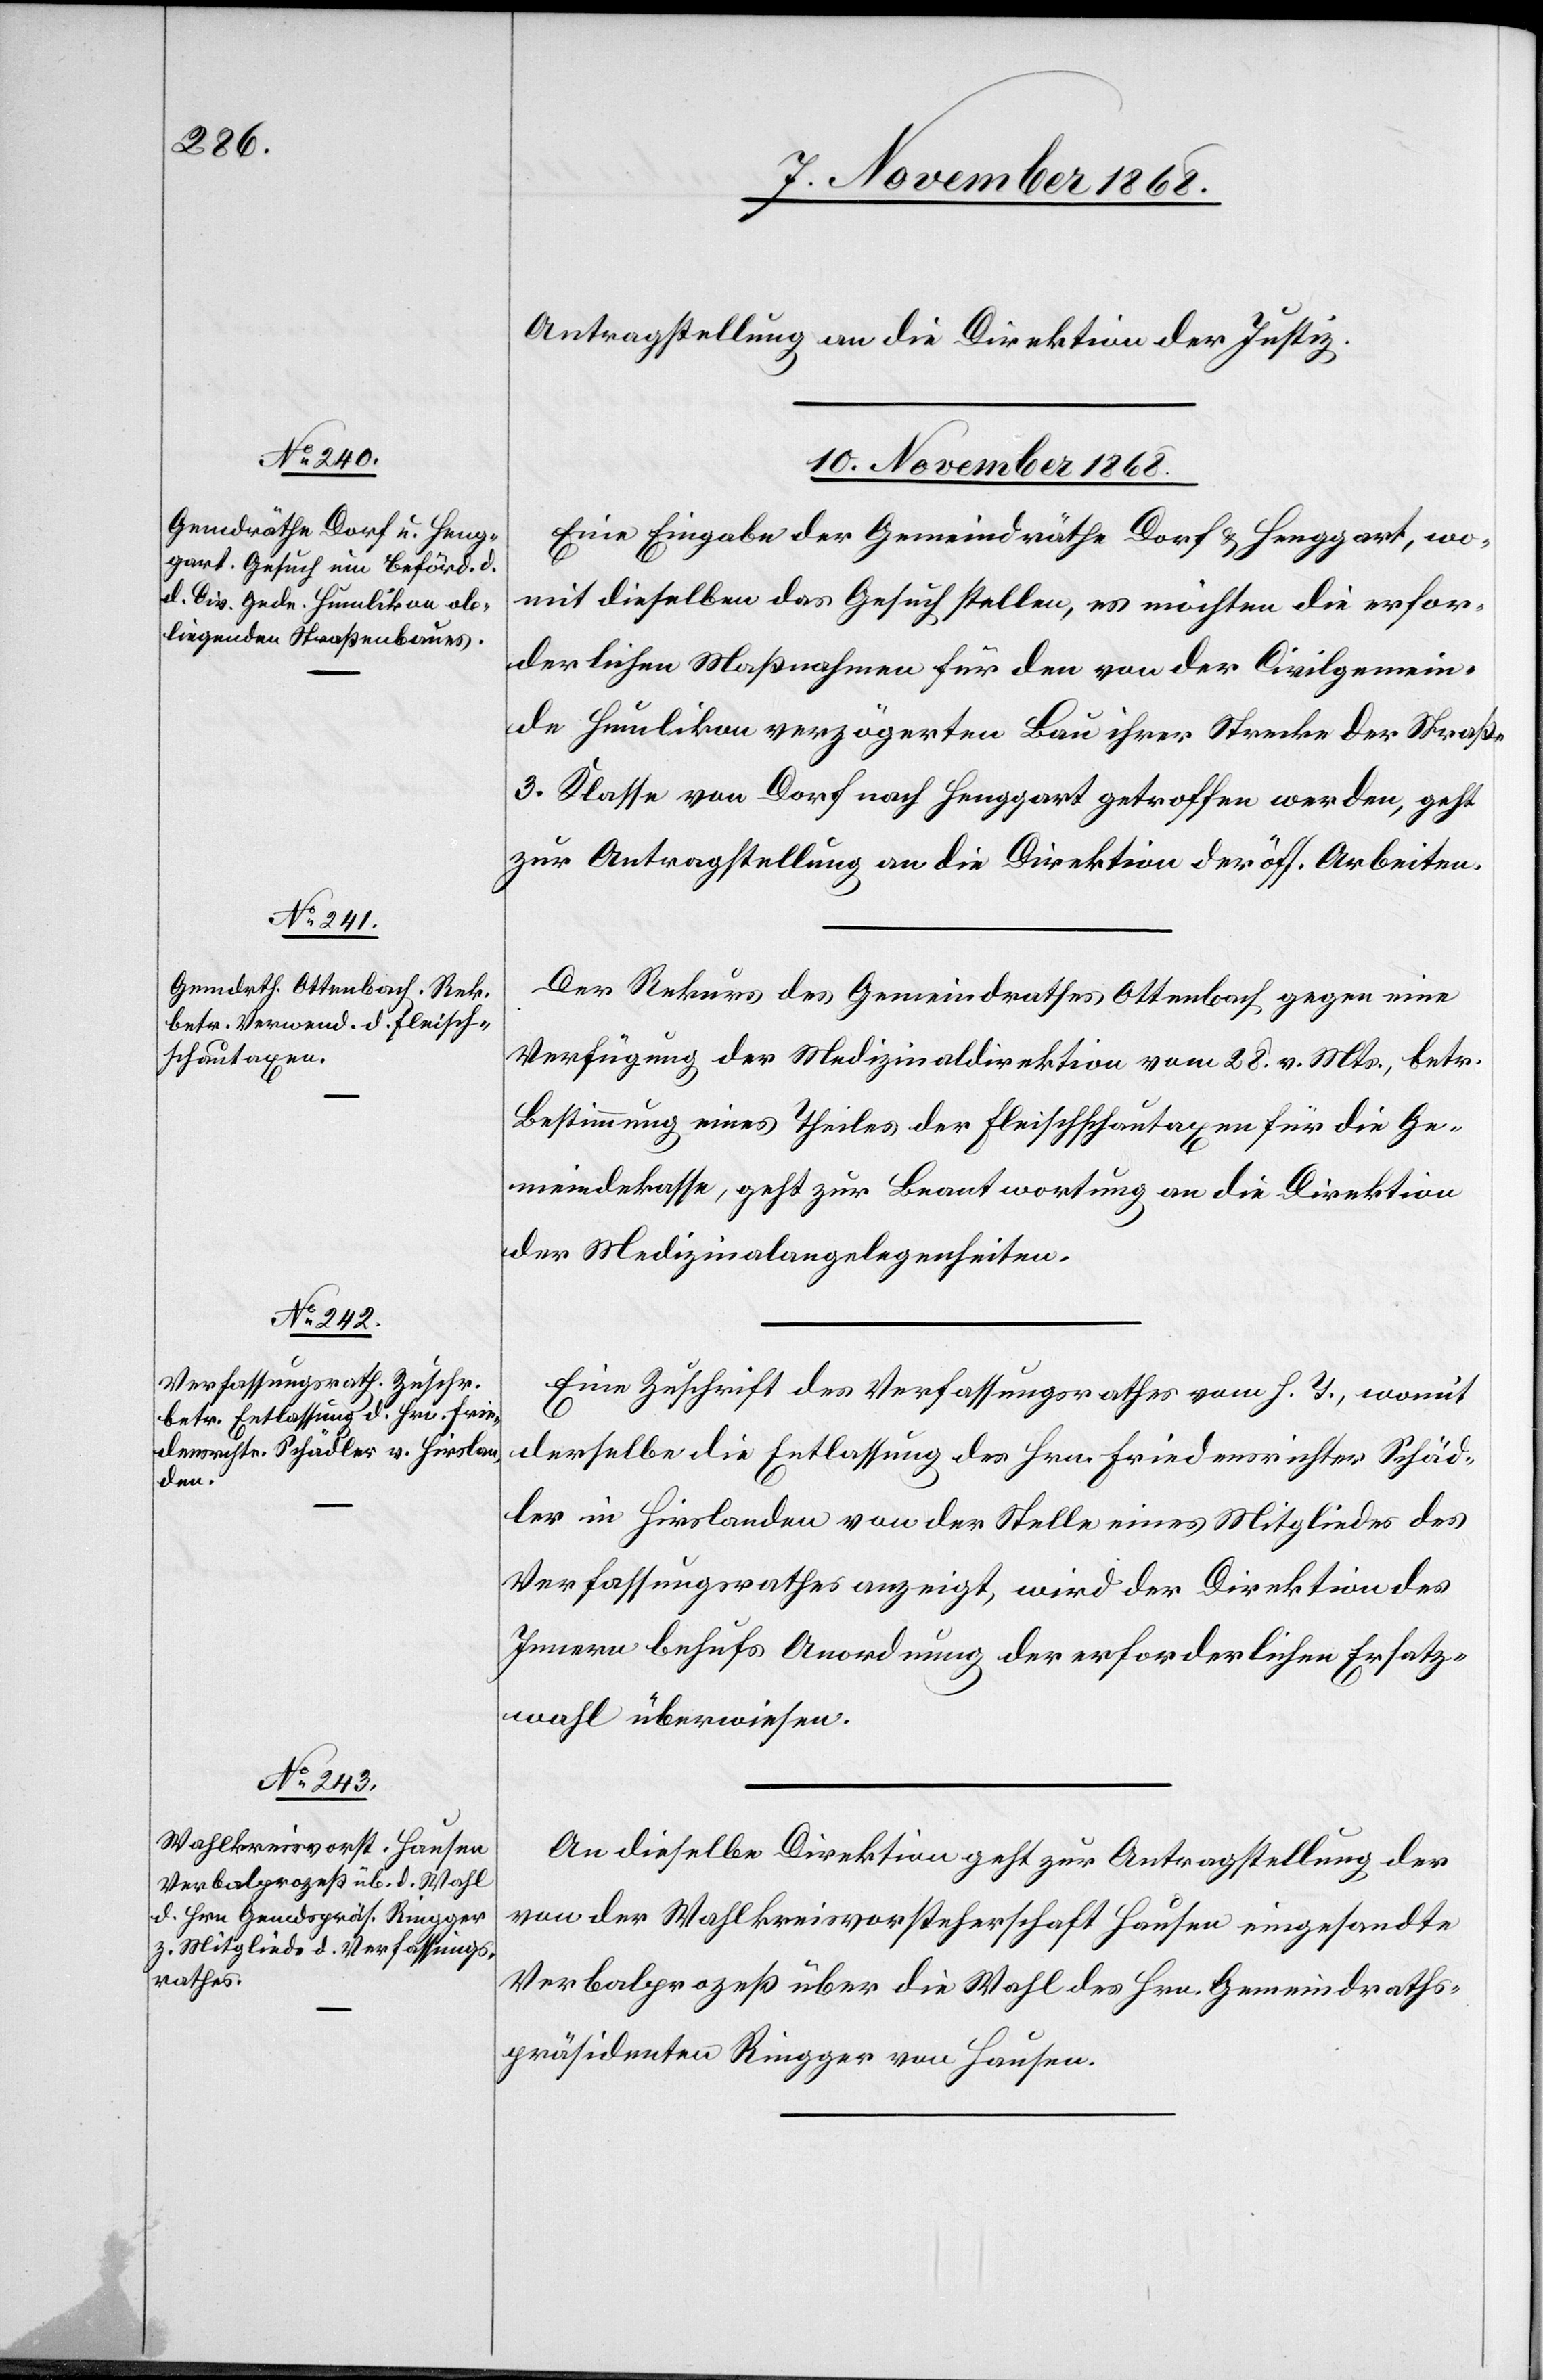
Antragstellung an die Direktion der Justiz.
10. November 1868.]
Eine Eingabe der Gemeindräthe Dorf & Henggart, wo¬
mit dieselben das Gesuch stellen, es möchten die erfor¬
derlichen Maßnahmen für den von der Civilgemein¬
de Humlikon verzögerten Bau ihrer Strecke der Straße
3. Klasse von Dorf nach Henggart getroffen werden, geht
zur Antragstellung an die Direktion der öff. Arbeiten.
Der Rekurs des Gemeindrathes Ottenbach gegen eine
Verfügung der Medizinaldirektion vom 28. v. Mts., betr.
Bestimmung eines Theiles der Fleischschautaxen für die Ge¬
meindekasse, geht zur Beantwortung an die Direktion
der Medizinalangelegenheiten.
Eine Zuschrift des Verfassungsrathes vom h. T., womit
derselbe die Entlassung des Hrn. Friedensrichter Schäd¬
ler in Hirslanden von der Stelle eines Mitgliedes des
Verfassungsrathes anzeigt, wird der Direktion des
Innern behufs Anordnung der erforderlichen Ersatz¬
wahl überwiesen.
An dieselbe Direktion geht zur Antragstellung der
von der Wahlkreisvorsteherschaft Hausen eingesandte
Verbalprozeß über die Wahl des Hrn. Gemeindraths¬
präsidenten Ringger von Hausen.